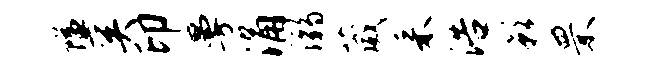
隘奚印曼涌溺葳采浩影罘